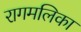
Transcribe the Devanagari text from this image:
रागमलिका